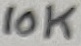
Text: 10K